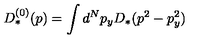
D _ { * } ^ { ( 0 ) } ( p ) = \int d ^ { N } p _ { y } D _ { * } ( p ^ { 2 } - p _ { y } ^ { 2 } )